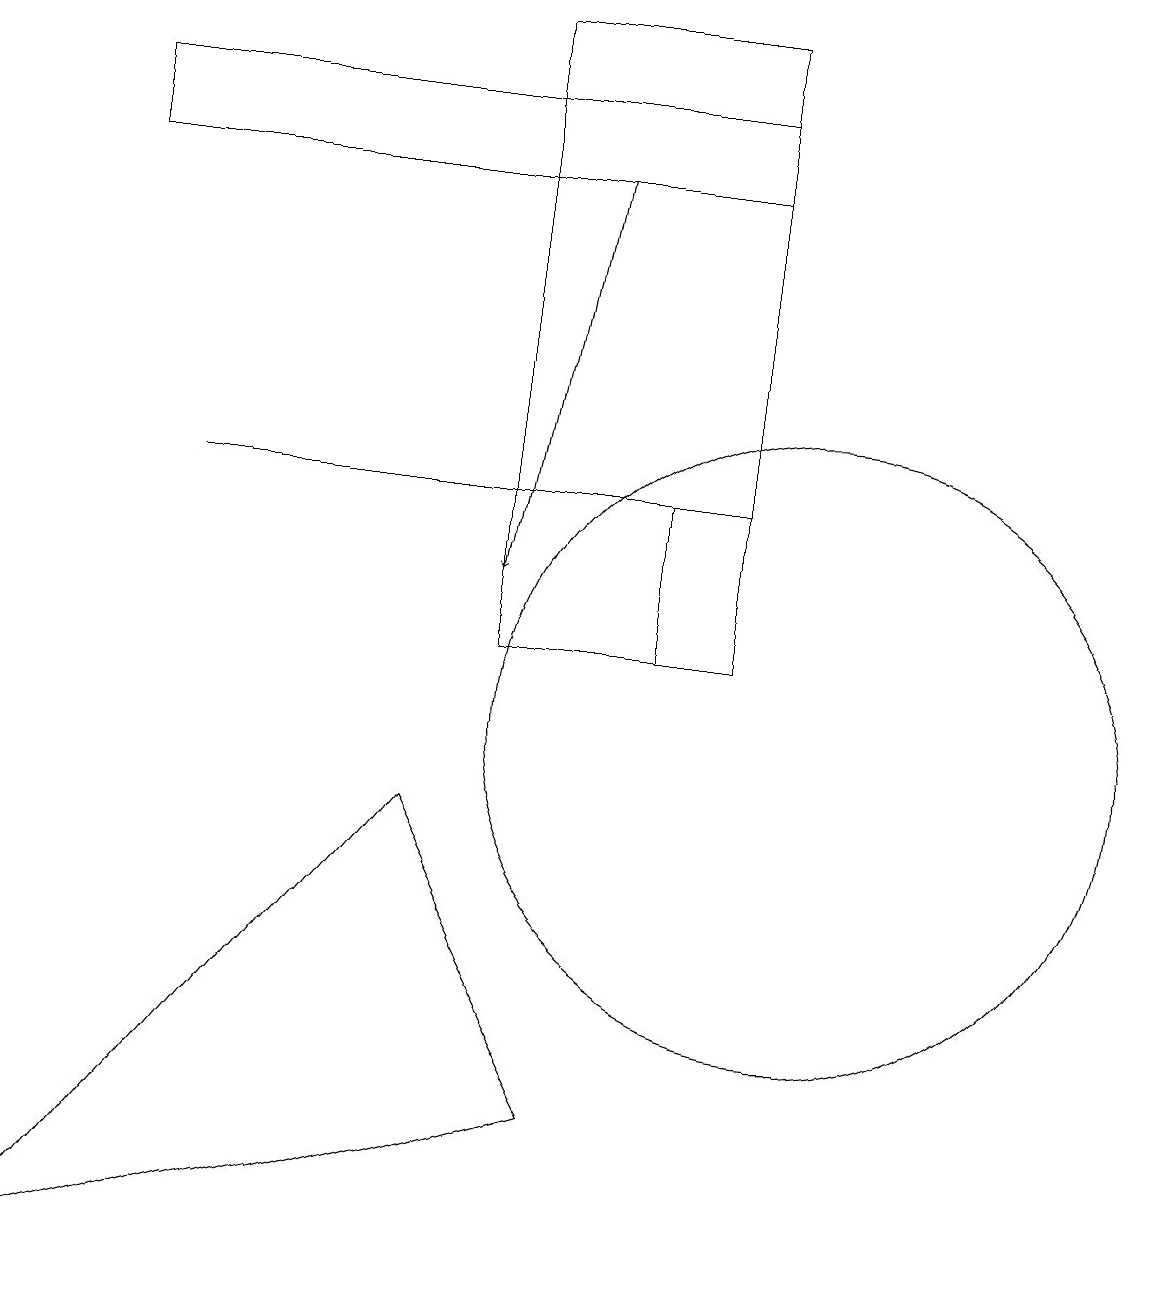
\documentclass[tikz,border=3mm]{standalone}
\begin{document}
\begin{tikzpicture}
\draw (0,3) -- (7,5) -- (5,9) -- cycle;
\draw (9,17) rectangle (1,18);
\draw (9,11) rectangle (6,19);
\draw (11,11) circle (0);
\draw (8,13) rectangle (9,11);
\draw[->] (7,17) -- (6,12);
\draw (10,10) circle (4);
\draw (2,13) rectangle (8,13);
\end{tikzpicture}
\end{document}